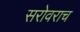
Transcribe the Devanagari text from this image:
सरोवराच